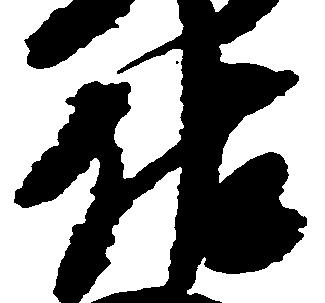
佐